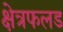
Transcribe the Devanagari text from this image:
क्षेत्रफलड